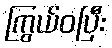
ကြွယ်ဝပြီး